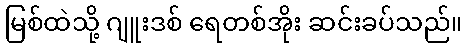
မြစ်ထဲသို့ ဂျူးဒစ် ရေတစ်အိုး ဆင်းခပ်သည်။